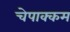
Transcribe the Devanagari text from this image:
चेपाक्कम